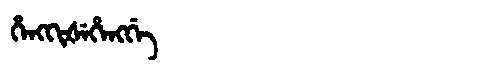
Manchu: ᡥᡝᠩᡴᡳᡧᡝᡥᡝᠩᡤᡝ
Romanization: HENGKIŠEHENGGE